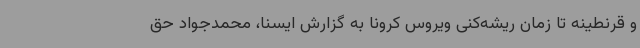
و قرنطینه تا زمان ریشه‌کنی ویروس کرونا به گزارش ایسنا، محمدجواد حق